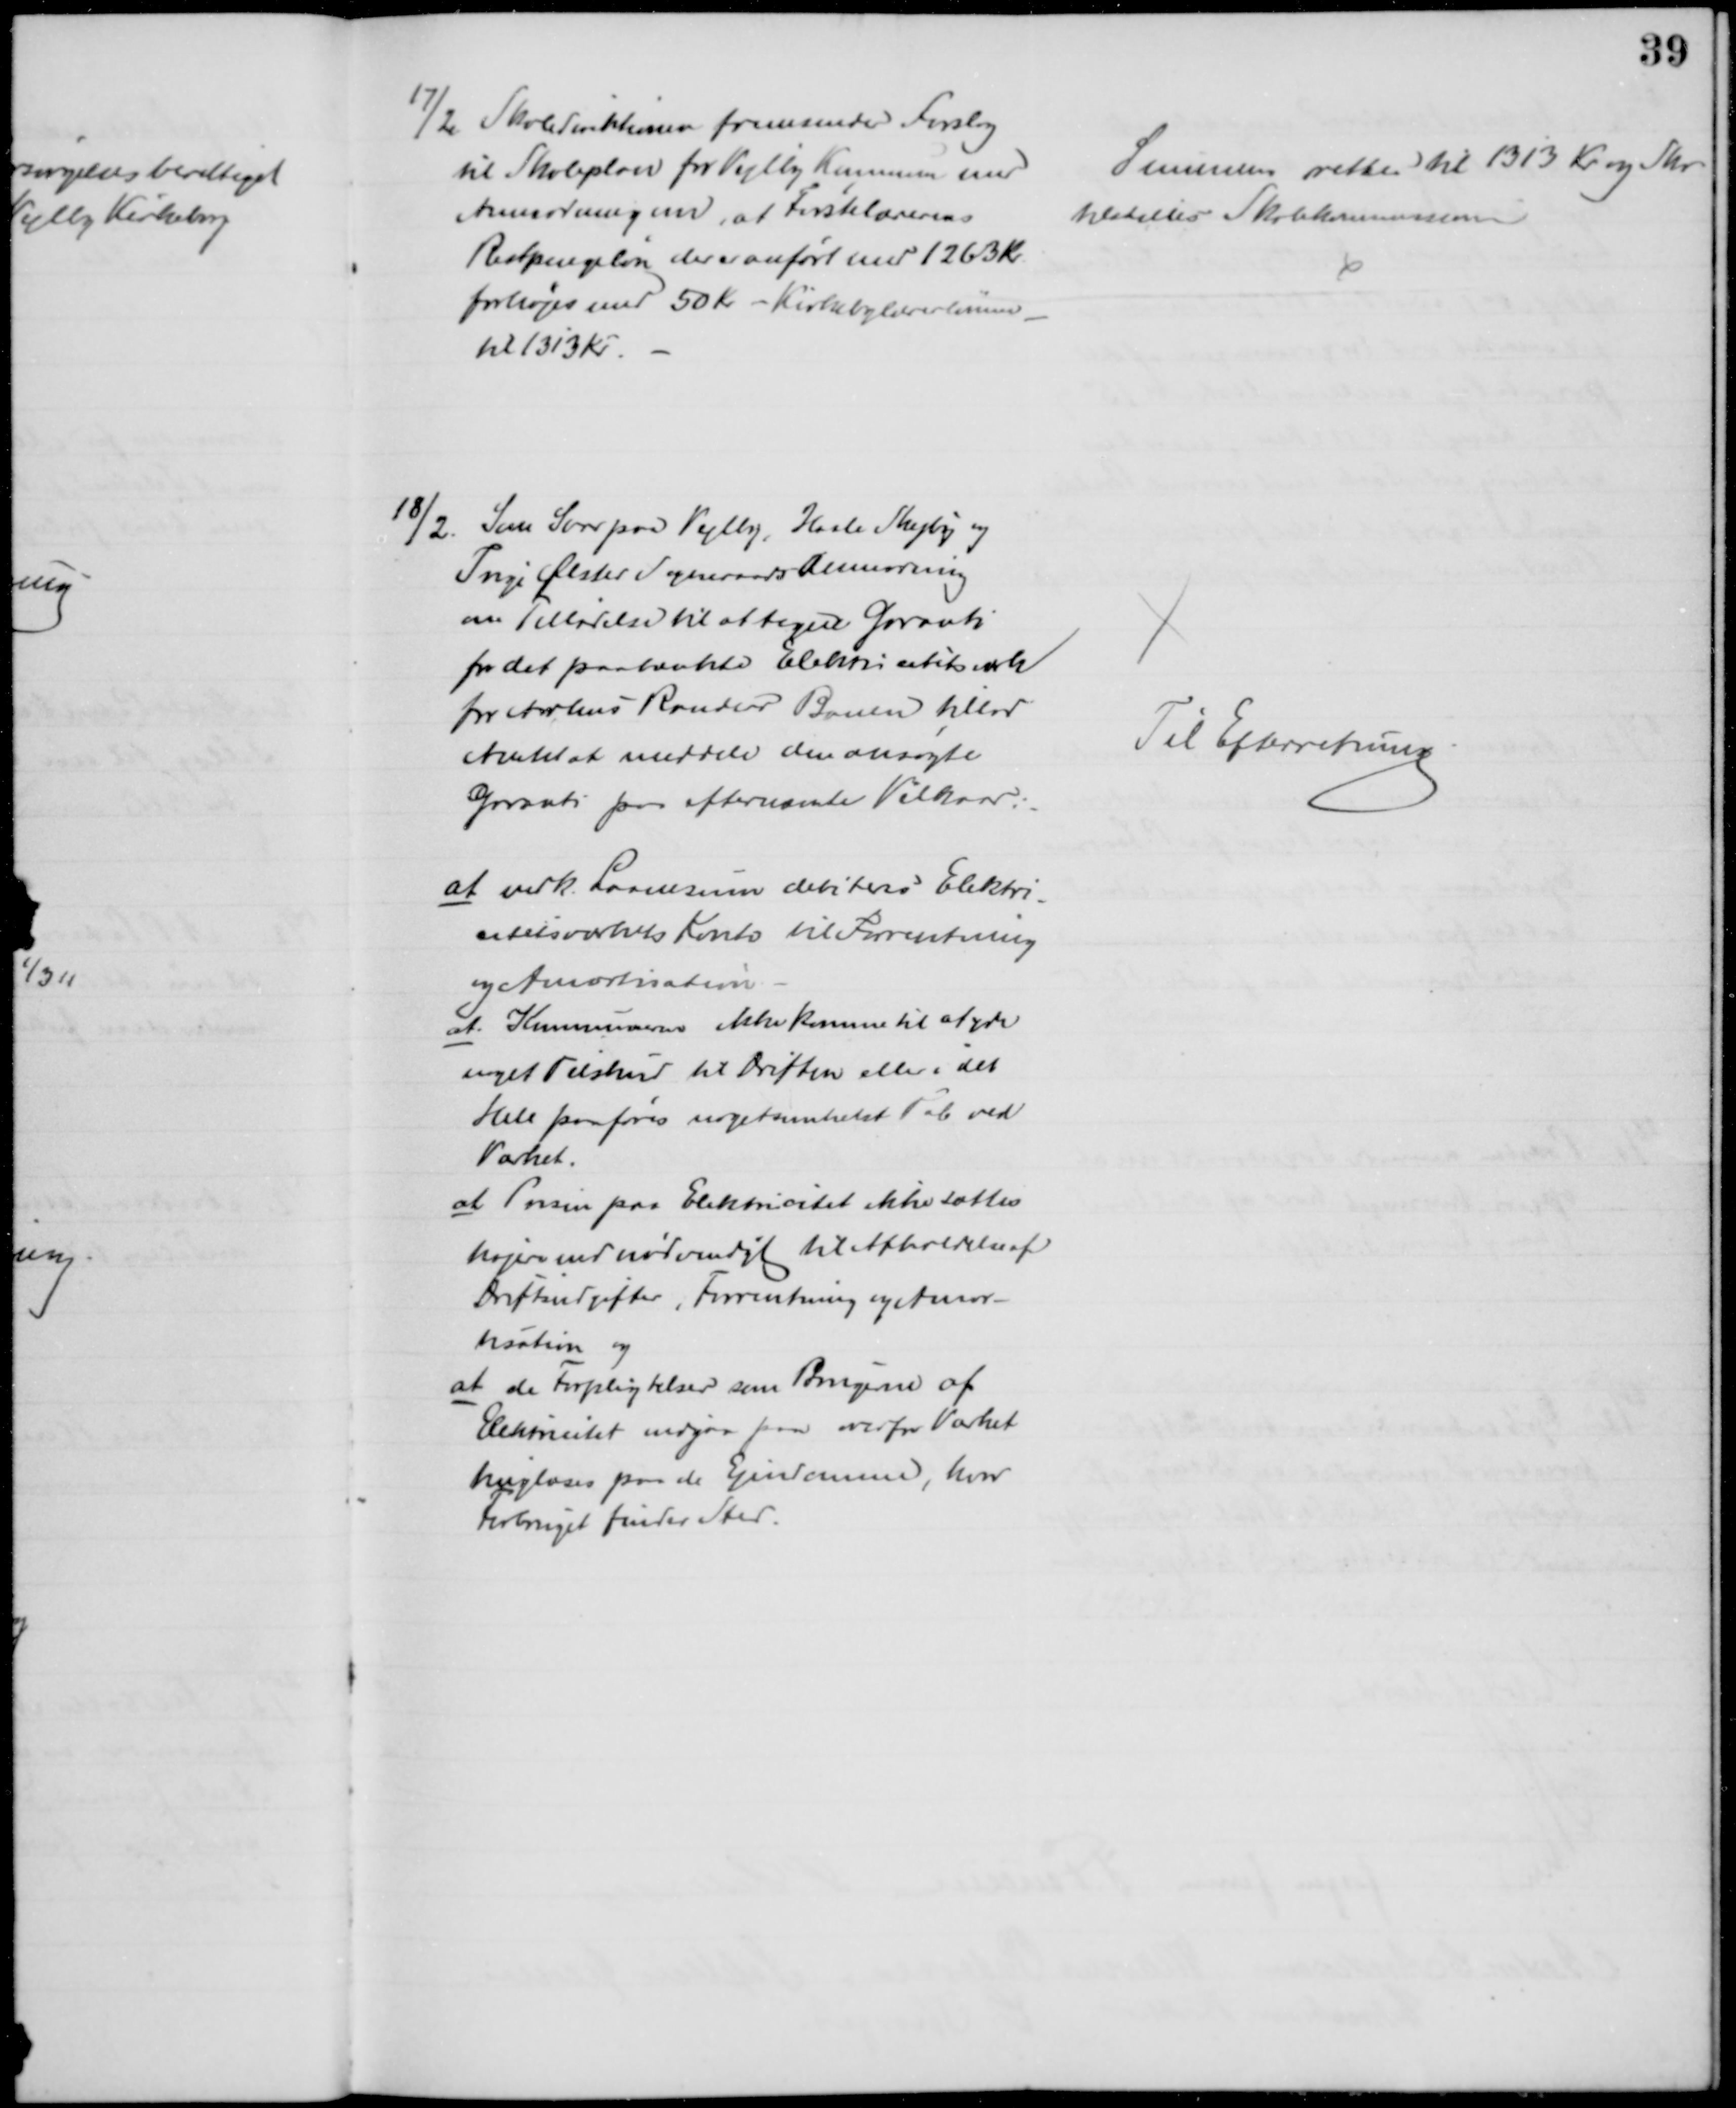
Transskription:
17/2 Skoledirektionen fremsender Forslag
til Skoleplan for Vejlby Kommune med
Anmodning om, at Førstelærerens
Restpengeløn der er anført med 1263 Kr.
forhøjes med 50 Kr. - Kirkebylærerlønnen
til 1313 Kr.
Summen rettes til 1313 Kr og Skr.
tilstilles Skolekommissionen
18/2. Som Svar paa Vejlby, Hasle Skejby og
Trige Ølsted Sogneraads Anmodning
om Tilladelse til at tegne Garanti
for det paatænkte Elektricitetsværk
for Aarhus Randers Banen tillod
Amtet at meddele den ansøgte
Garanti paa efternævnte Vilkaar:
at vedk. Laanesum debiteres Elektri-
citetsværkets Konto til Forrentning
og Amortisation
at Kommunerne ikke kommer til at yde
noget Tilskud til Driften eller i det
Hele paaføres nogetsomhelst Tab ved
Værket.
at Prisen paa Elektricitet ikke sættes
højere end nødvendigt til Afholdelse af
Driftsudgifter, Forrentning og Amor-
tisation og
at de Forpligtelser som Brugerne af
Elektrictet indgaar paa overfor Værket
tingløses paa de Ejendomme, hvor
Forbruget finder Sted.
Til Efterretning